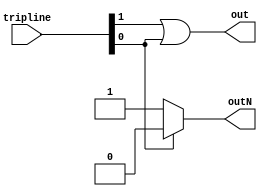
module PriorityChoice_2 (out, outN, tripline);
   parameter OCODEWIDTH = 1;
   localparam CODEWIDTH=OCODEWIDTH-1;
   localparam SCODEWIDTH= (CODEWIDTH<1) ? 1 : CODEWIDTH;
   output reg             out;
   output reg [OCODEWIDTH-1:0] outN;
   input wire [(1<<OCODEWIDTH)-1:0] tripline;
   wire 			    left;
   wire [SCODEWIDTH-1:0] 	    leftN;
   wire 			    right;
   wire [SCODEWIDTH-1:0] 	    rightN;
   generate
      if(OCODEWIDTH==1) begin
	 assign left = tripline[1];
	 assign right = tripline[0];
	 always @(*) begin
	    out  <= left || right ;
	    if(right) begin outN <= {1'b0}; end
	    else  begin outN <= {1'b1}; end
	 end
      end else begin
	 PriorityChoice #(.OCODEWIDTH(OCODEWIDTH-1))
	 leftMap
	   (
	    .out(left),
	    .outN(leftN),
	    .tripline(tripline[(2<<CODEWIDTH)-1:(1<<CODEWIDTH)])
	    );
	 PriorityChoice #(.OCODEWIDTH(OCODEWIDTH-1))
	 rightMap
	   (
	    .out(right),
	    .outN(rightN),
	    .tripline(tripline[(1<<CODEWIDTH)-1:0])
	    );
	 always @(*) begin
	    if(right) begin
               out  <= right;
               outN <= {1'b0, rightN[OCODEWIDTH-2:0]};
	    end else begin
               out  <= left;
               outN <= {1'b1, leftN[OCODEWIDTH-2:0]};
	    end
	 end
      end
   endgenerate
endmodule